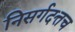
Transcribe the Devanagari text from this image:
निसर्गदत्तच